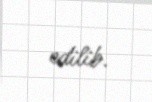
edilib.